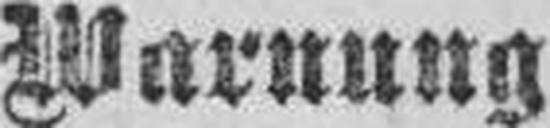
Warnung